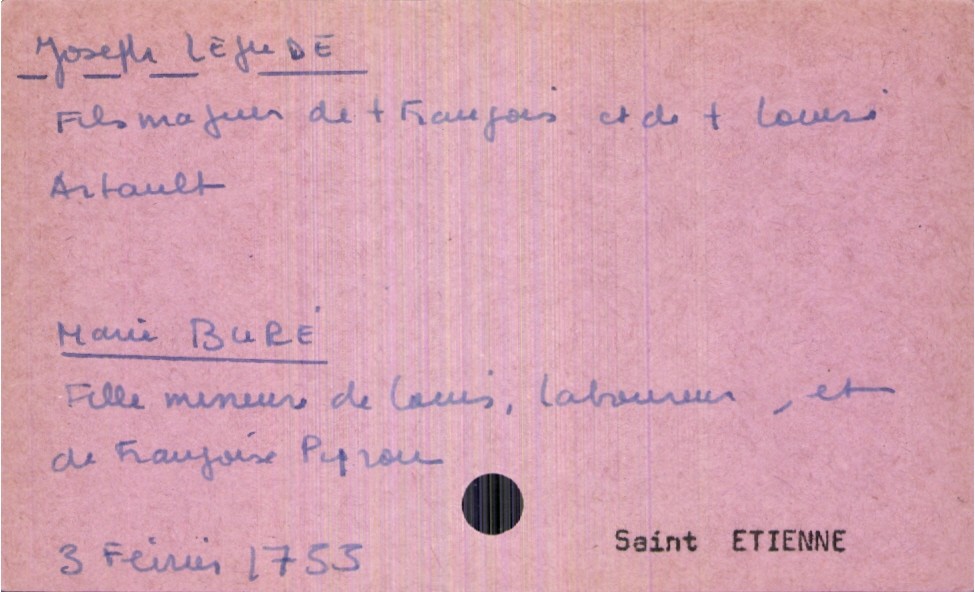
type_acte: Mariage
année: 1753
mois: février
jour: 3
paroisse: Saint Etienne
marié_nom: Lejude
marié_prénom: Joseph
père_marié_nom: Lejude
père_marié_prénom: François
père_marié_statut: décédé
mère_marié_nom: Artault
mère_marié_prénom: Louise
mariée_nom: Buré
mariée_prénom: Marie
père_mariée_nom: Buré
père_mariée_prénom: Louis
père_mariée_profession: laboureur
mère_mariée_nom: Pyrou
mère_mariée_prénom: Françoise